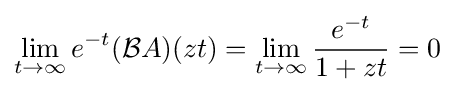
\lim _{t\rightarrow \infty }e^{-t}({\mathcal {B}}A)(zt)=\lim _{t\rightarrow \infty }{\frac {e^{-t}}{1+zt}}=0